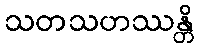
သတသဟဿန္တိ